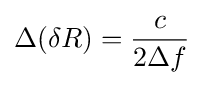
\Delta (\delta R)={\frac {c}{2\Delta f}}